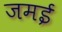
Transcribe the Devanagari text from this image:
जमई